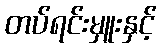
တပ်ရင်းမှူးနှင့်